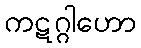
ကဋဂ္ဂါဟော